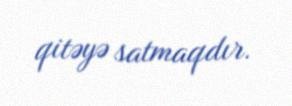
qitəyə satmaqdır.